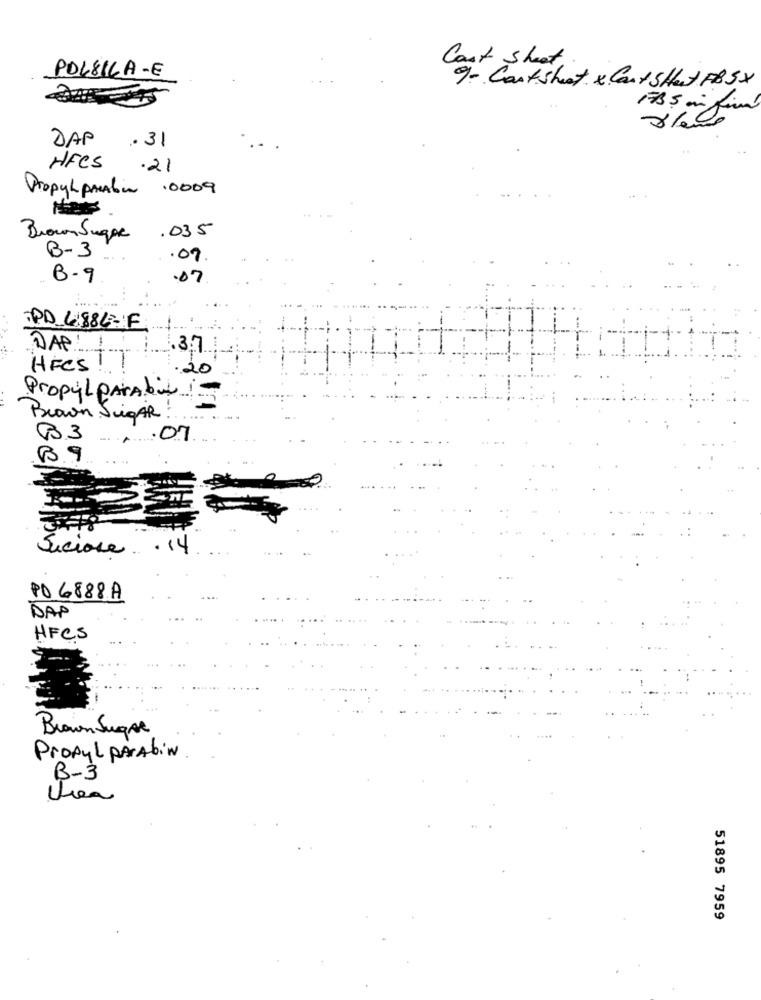
Cost Shoot.
POLSICA-E
9- Costsheat x CantsHet FB5X
FB5 min find
DAP . 31
HFCS
.21
Propylpraten .0009
.035
Brown Sugar
B-3
.07
B.9
.07
PD_41886-F
1
DAP!
37
HFCS !
20
Propyl PARAbili
Brown Sugar :
3
.07
8.9
Suciose . 14
PO 6888A
DAP
HFCS
Brown Sugar
Propyl PARAbin
B-3
51895 7959